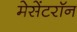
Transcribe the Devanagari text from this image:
मेसेंटरॉन